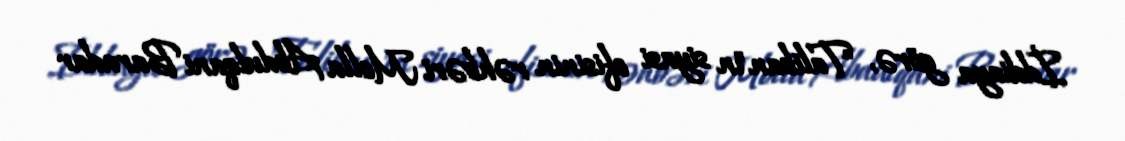
İddiaya görə, "Taliban"ın siyasi ofisinin rəhbəri Molla Abdulqani Baradar